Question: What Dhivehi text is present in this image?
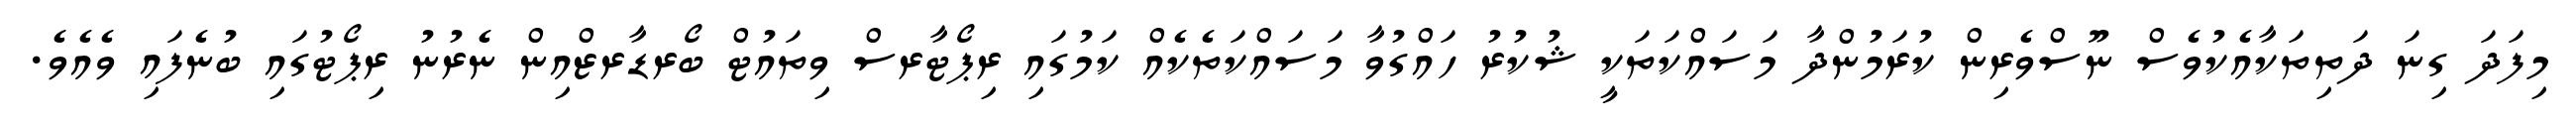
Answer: މިފަދަ ގިނަ ދަތިތަކާއެކުވެސް ނޫސްވެރިން ކުރަމުންދާ މަސައްކަތަކީ ޝުކުރު ހައްގުވާ މަސައްކަތެކެއް ކަމުގައި ރިޕޯޓާރސް ވިތައުޓް ބޯރޑާރޒްއިން ނެރުނު ރިޕޯޓުގައި ބުނެފައި ވެއެވެ.